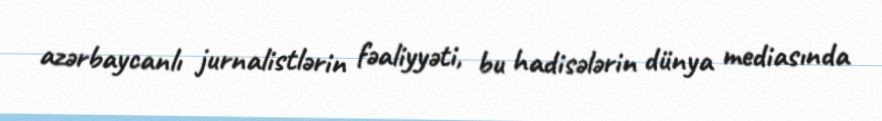
azərbaycanlı jurnalistlərin fəaliyyəti, bu hadisələrin dünya mediasında